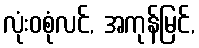
လုံးဝစုံလင်, အကုန်မြင်,